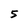
Character: 5